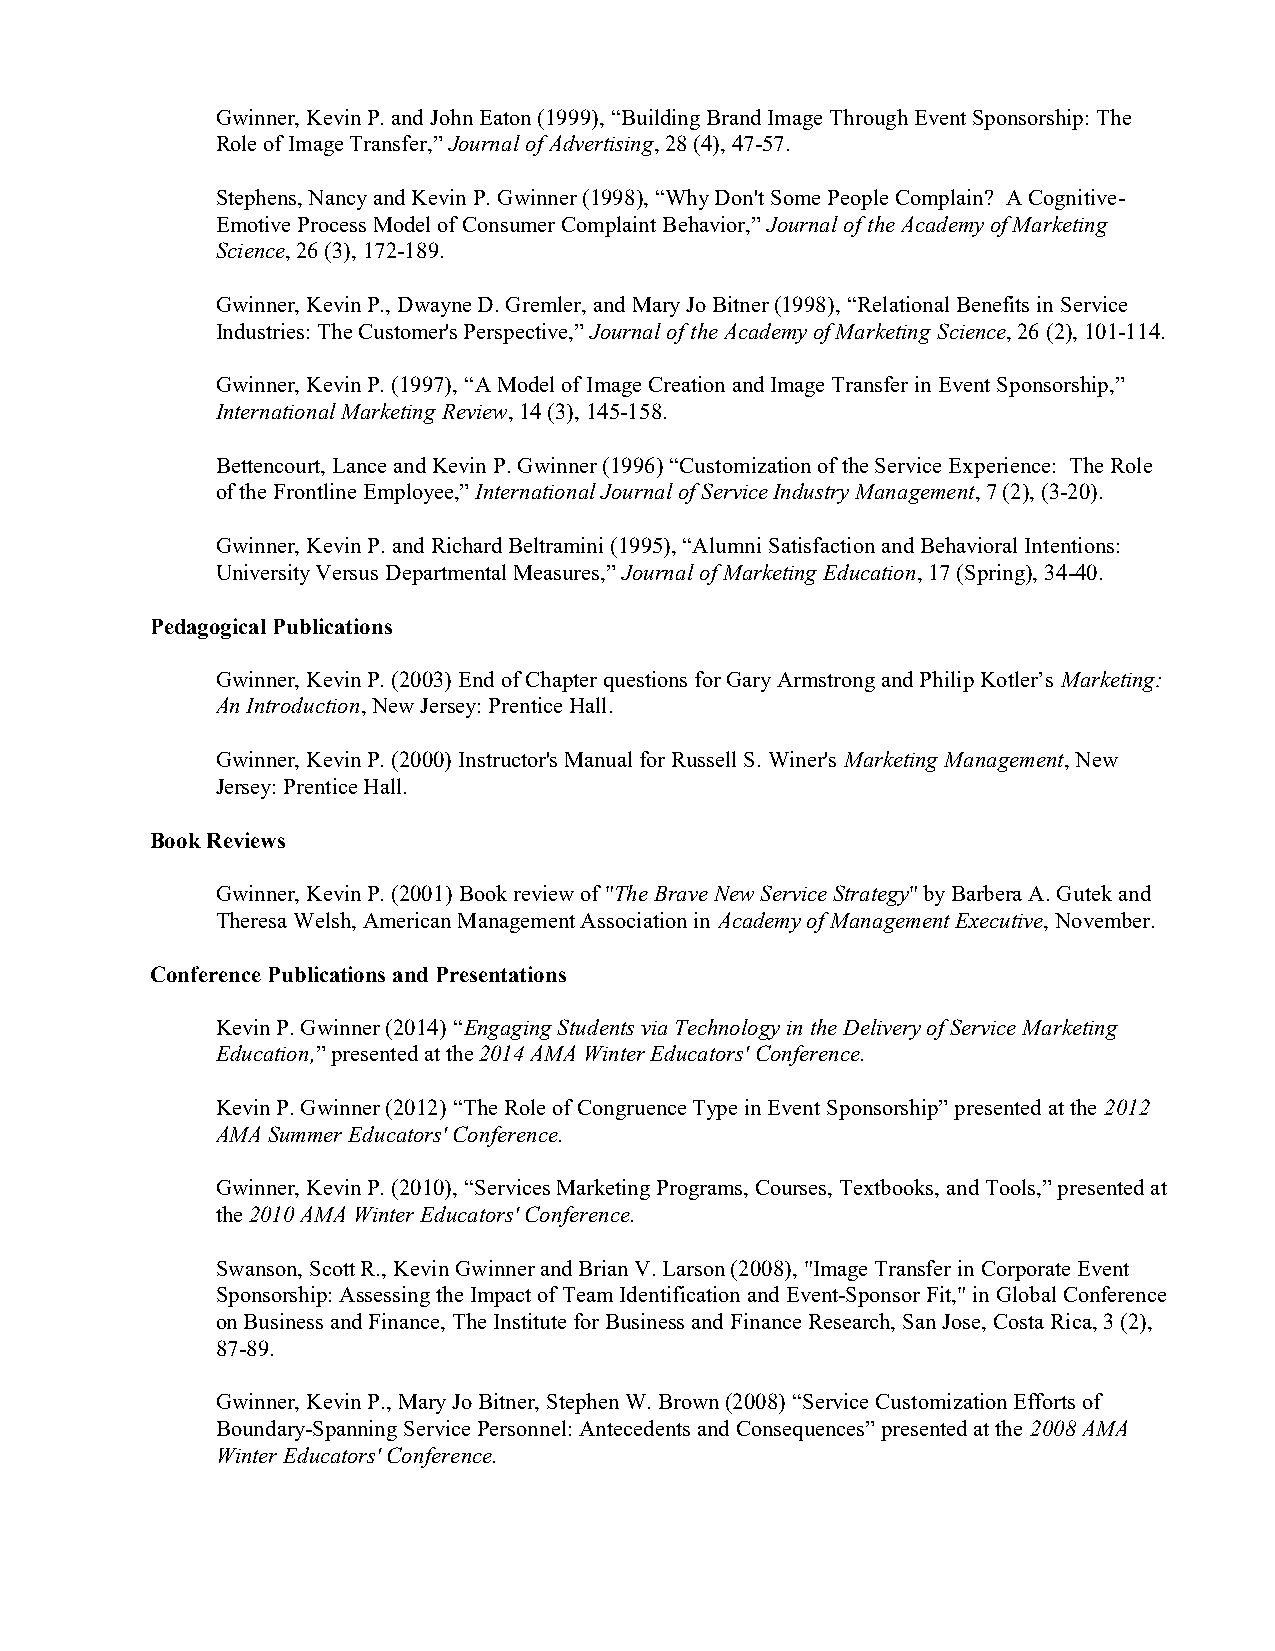
Gwinner, Kevin P. and John Eaton (1999), “Building Brand Image Through Event Sponsorship: The
 Role of Image Transfer,” Journal of Advertising, 28 (4), 47-57.
 Stephens, Nancy and Kevin P. Gwinner (1998), “Why Don't Some People Complain? A Cognitive-
 Emotive Process Model of Consumer Complaint Behavior,” Journal of the Academy of Marketing
 Science, 26 (3), 172-189.
 Gwinner, Kevin P., Dwayne D. Gremler, and Mary Jo Bitner (1998), “Relational Benefits in Service
 Industries: The Customer's Perspective,” Journal of the Academy of Marketing Science, 26 (2), 101-114.
 Gwinner, Kevin P. (1997), “A Model of Image Creation and Image Transfer in Event Sponsorship,”
 International Marketing Review, 14 (3), 145-158.
 Bettencourt, Lance and Kevin P. Gwinner (1996) “Customization of the Service Experience: The Role
 of the Frontline Employee,” International Journal of Service Industry Management, 7 (2), (3-20).
 Gwinner, Kevin P. and Richard Beltramini (1995), “Alumni Satisfaction and Behavioral Intentions:
 University Versus Departmental Measures,” Journal of Marketing Education, 17 (Spring), 34-40.
 Pedagogical Publications
 Gwinner, Kevin P. (2003) End of Chapter questions for Gary Armstrong and Philip Kotler’s Marketing:
 An Introduction, New Jersey: Prentice Hall.
 Gwinner, Kevin P. (2000) Instructor's Manual for Russell S. Winer's Marketing Management, New
 Jersey: Prentice Hall.
 Book Reviews
 Gwinner, Kevin P. (2001) Book review of "The Brave New Service Strategy" by Barbera A. Gutek and
 Theresa Welsh, American Management Association in Academy of Management Executive, November.
 Conference Publications and Presentations
 Kevin P. Gwinner (2014) “Engaging Students via Technology in the Delivery of Service Marketing
 Education,” presented at the 2014 AMA Winter Educators' Conference.
 Kevin P. Gwinner (2012) “The Role of Congruence Type in Event Sponsorship” presented at the 2012
 AMA Summer Educators' Conference.
 Gwinner, Kevin P. (2010), “Services Marketing Programs, Courses, Textbooks, and Tools,” presented at
 the 2010 AMA Winter Educators' Conference.
 Swanson, Scott R., Kevin Gwinner and Brian V. Larson (2008), "Image Transfer in Corporate Event
 Sponsorship: Assessing the Impact of Team Identification and Event-Sponsor Fit," in Global Conference
 on Business and Finance, The Institute for Business and Finance Research, San Jose, Costa Rica, 3 (2),
 87-89.
 Gwinner, Kevin P., Mary Jo Bitner, Stephen W. Brown (2008) “Service Customization Efforts of
 Boundary-Spanning Service Personnel: Antecedents and Consequences” presented at the 2008 AMA
 Winter Educators' Conference.